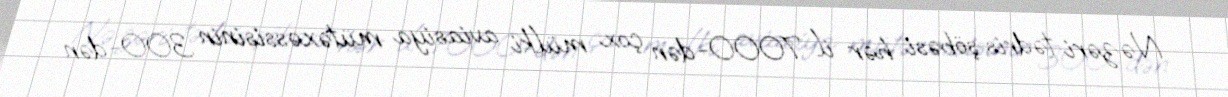
Nəzəri tədris şöbəsi hər il 7000-dən çox mülki aviasiya mütəxəssisinin 300-dən